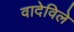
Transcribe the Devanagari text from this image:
वादेविले